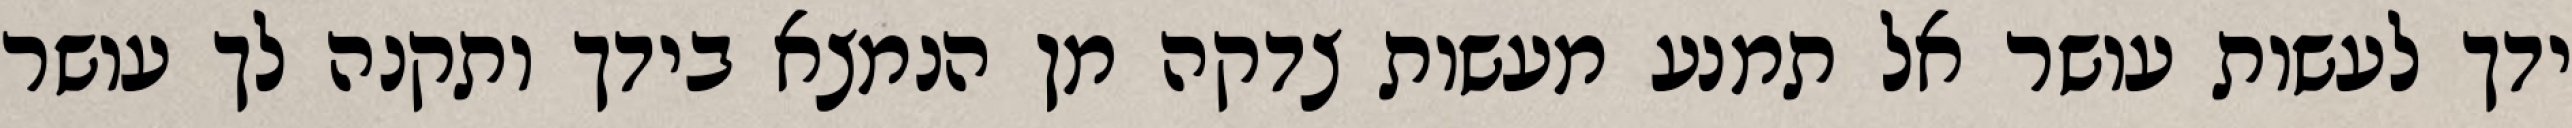
ידך לעשות עושר אל תמנע מעשות צדקה מן הנמצא בידך ותקנה לך עושר